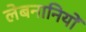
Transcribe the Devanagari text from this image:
लेबनानियों